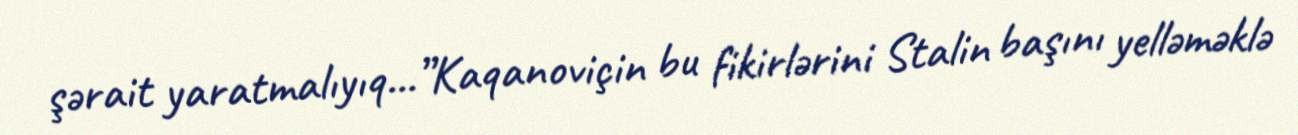
şərait yaratmalıyıq...”Kaqanoviçin bu fikirlərini Stalin başını yelləməklə